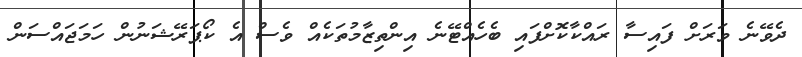
ދެވޭނެ ވަރަށް ފައިސާ ރައްކާކޮށްފައި ބެހެއްޓޭނެ އިންތިޒާމުތަކެއް ވެސް އެ ކޯޕަރޭޝަނުން ހަމަޖައްސަން